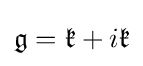
{\mathfrak {g}}={\mathfrak {k}}+i{\mathfrak {k}}